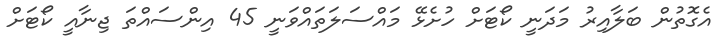
އެގޮތުން ބަލާއިރު މަދަނީ ކޯޓަށް ހުށެޅޭ މައްސަލަތައްވަނީ 45 އިންސައްތަ ޖިނާއީ ކޯޓަށް